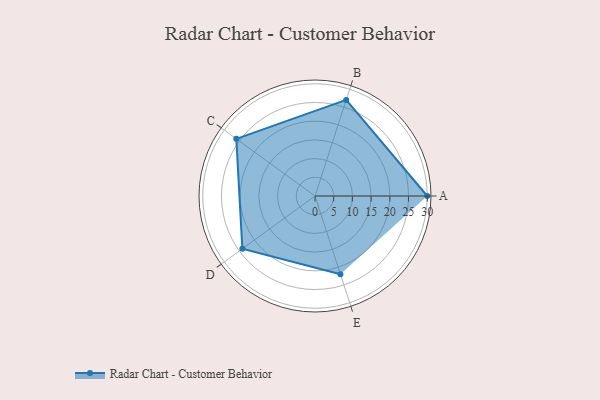
{"axis": {"x": "Skill", "y": "Score"}, "legend": ["Profile"], "data": [{"x": "A", "y": 30.0, "type": "Profile"}, {"x": "B", "y": 27.0, "type": "Profile"}, {"x": "C", "y": 26.0, "type": "Profile"}, {"x": "D", "y": 24.0, "type": "Profile"}, {"x": "E", "y": 22.0, "type": "Profile"}]}